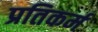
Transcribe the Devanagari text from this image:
प्रतिकर्म